Annual report on the Civil Veterinary Department, Burma (including the Insein Veterinary School) - 1932-1941
Year: 1932
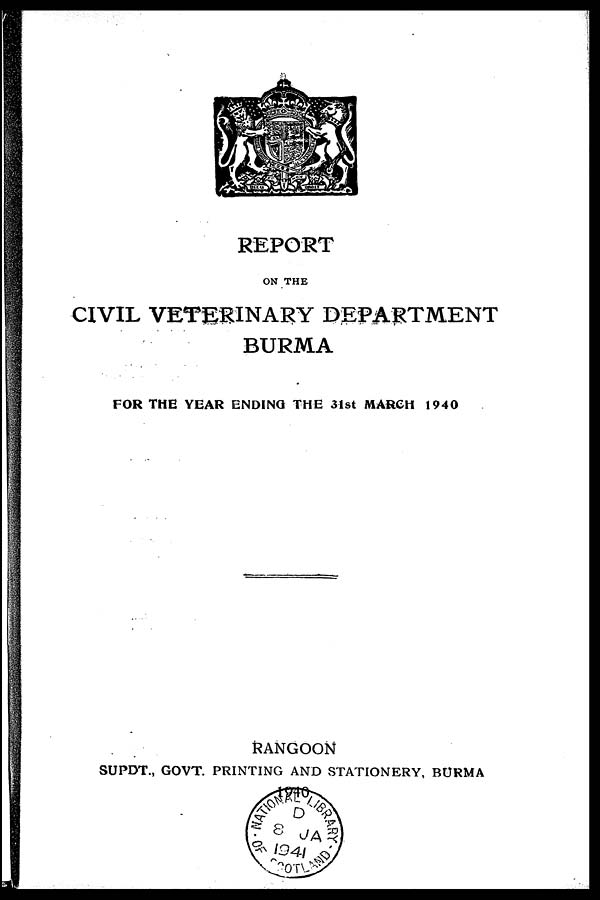
REPORT
ON THE
CIVIL VETERINARY DEPARTMENT
BURMA
FOR THE YEAR ENDING THE 31st MARCH 1940
RANGOON
SUPDT., GOVT. PRINTING AND STATIONERY, BURMA